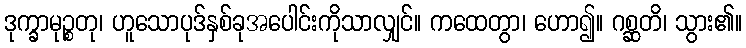
ဒုက္ခာမုဉ္စတု၊ ဟူသောပုဒ်နှစ်ခုအပေါင်းကိုသာလျှင်။ ကထေတွာ၊ ဟော၍။ ဂစ္ဆတိ၊ သွား၏။